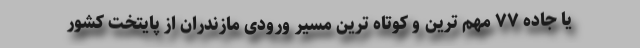
یا جاده ۷۷ مهم ترین و کوتاه ترین مسیر ورودی مازندران از پایتخت کشور